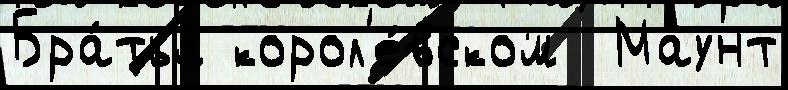
Бра́тья корол'е́вском  Маунт